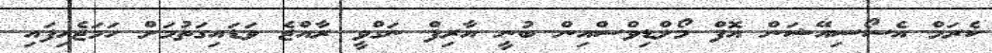
ކެރަމް އެސޯސިއޭޝަން އޮފް މޯލްޑިވްސްއިން ބުނީ އާރިފް ނަގްވީ ރާއްޖެ ވަޑައިގަތުމަށް ހަމަޖެހިފައި